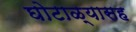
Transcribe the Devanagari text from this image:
घोटाळ्यासह